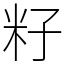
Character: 籽